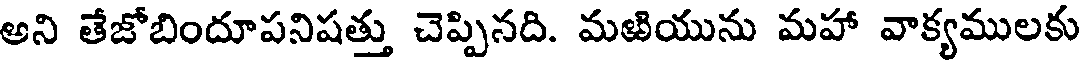
అని తేజోబిందూపనిషత్తు చెప్పినది. మఱియును మహా వాక్యములకు